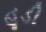
હૂડી